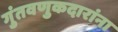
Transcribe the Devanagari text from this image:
गुंतवणुकदारांना